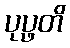
ပုပ္ဖတိ